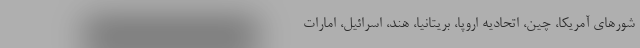
شورهای آمریکا، چین، اتحادیه اروپا، بریتانیا، هند، اسرائیل، امارات